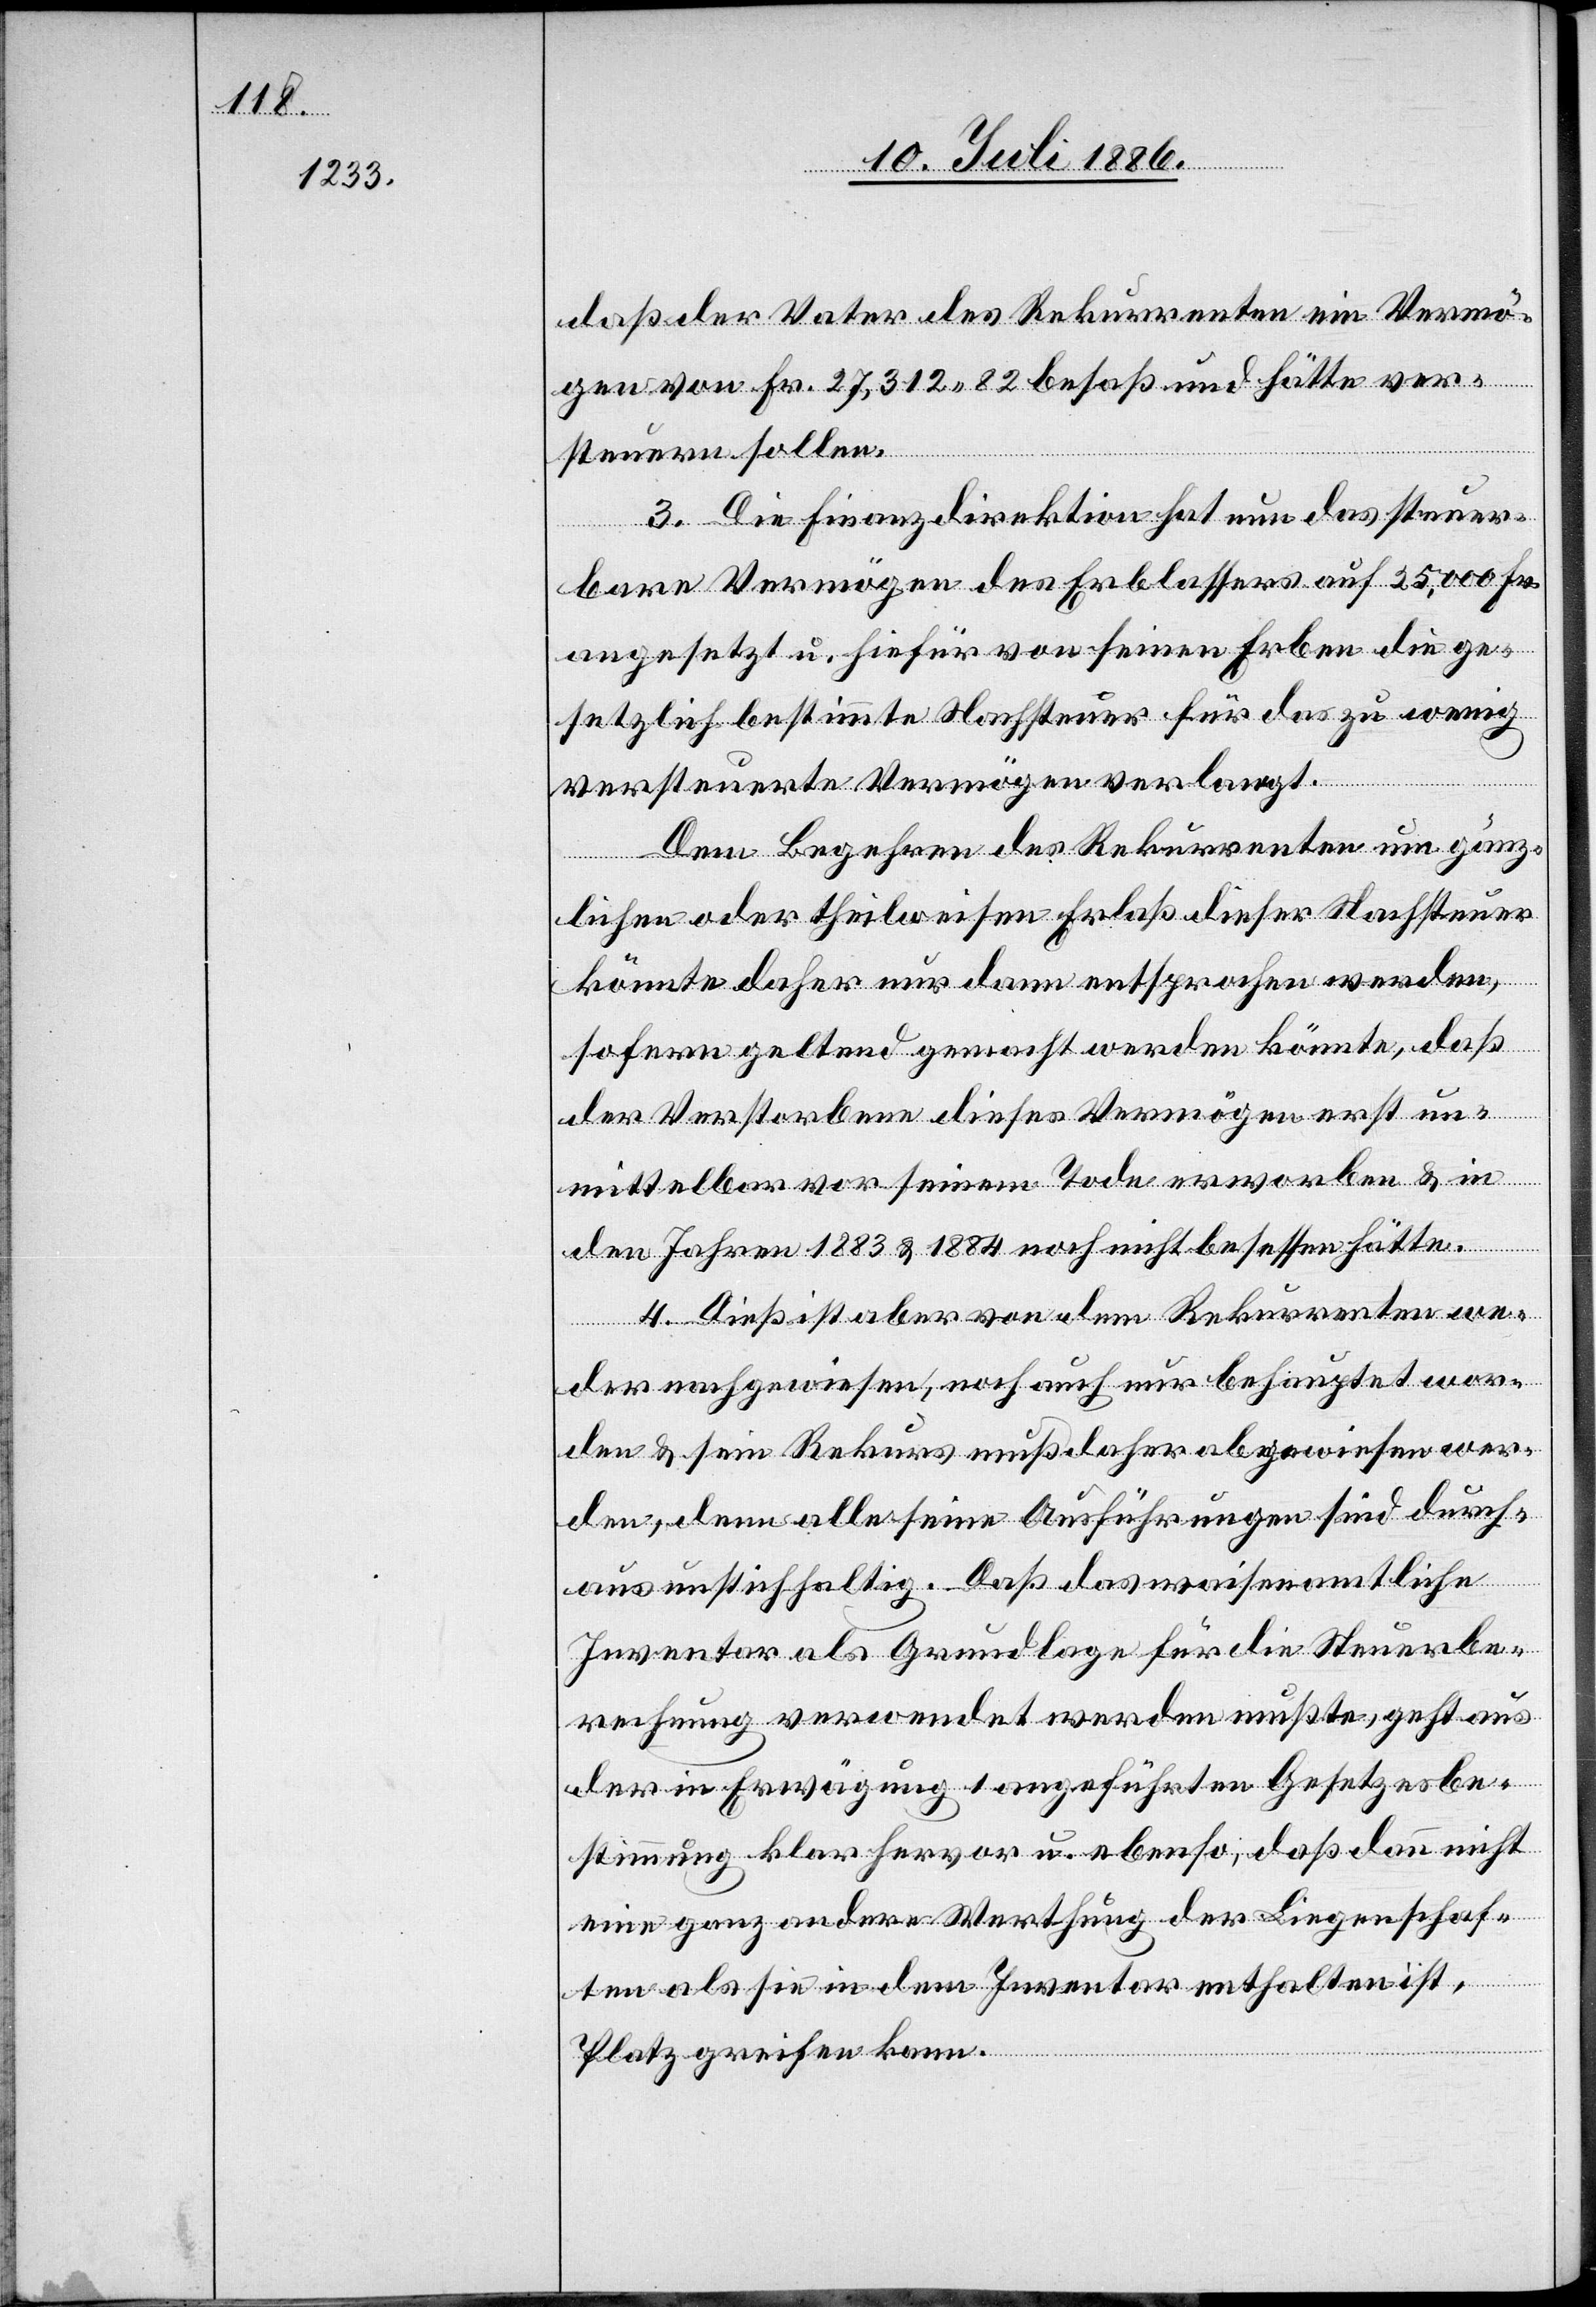
daß der Vater des Rekurrenten ein Vermö¬
gen von Fr. 27,312 82 besaß und hätte ver¬
steuern sollen.
3. Die Finanzdirektion hat nun das steuer¬
bare Vermögen des Erblassers auf 25,000 Fr.
angesetzt u. hiefür von seinen Erben die ge¬
setzlich bestimmte Nachsteuer für das zu wenig
versteuerte Vermögen verlangt.
Dem Begehren des Rekurrenten um gänz¬
lichen oder theilweisen Erlaß dieser Nachsteuer
könnte daher nur dann entsprochen werden,
sofern geltend gemacht werden könnte, daß
der Verstorbene dieses Vermögen erst un¬
mittelbar vor seinem Tode erworben & in
den Jahren 1883 & 1884 noch nicht besessen hätte.
4. Dieß ist aber von dem Rekurrenten we¬
der nachgewiesen, noch auch nur behauptet wor¬
den & sein Rekurs muß daher abgewiesen wer¬
den, denn alle seine Ausführungen sind durch¬
aus unstichhaltig. Daß das waisenamtliche
Inventar als Grundlage für die Steuerbe¬
rechnung verwendet werden mußte, geht aus
der in Erwägung 1 angeführten Gesetzesbe¬
stimmung klar hervor u. ebenso, daß dann nicht
eine ganz andere Werthung der Liegenschaf¬
ten als sie in dem Inventar enthalten ist,
Platz greifen kann.